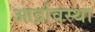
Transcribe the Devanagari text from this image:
आर्द्रावस्था